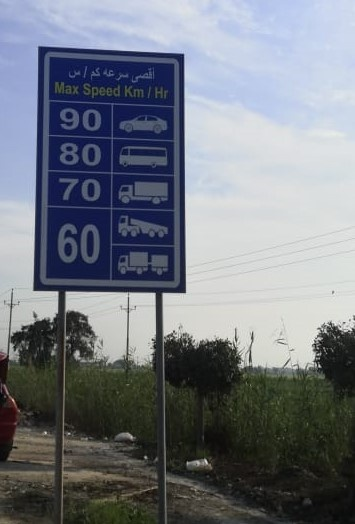
Text in image: س كم سرعة أقصى Speed Max Km Hr 90 80 70 60